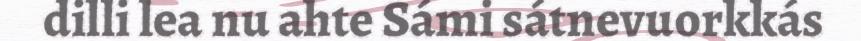
dilli lea nu ahte Sámi sátnevuorkkás